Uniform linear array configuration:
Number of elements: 24
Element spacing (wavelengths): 1
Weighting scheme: binomial
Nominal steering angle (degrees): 15
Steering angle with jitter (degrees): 14.026
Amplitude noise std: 0.05
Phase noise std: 0.05

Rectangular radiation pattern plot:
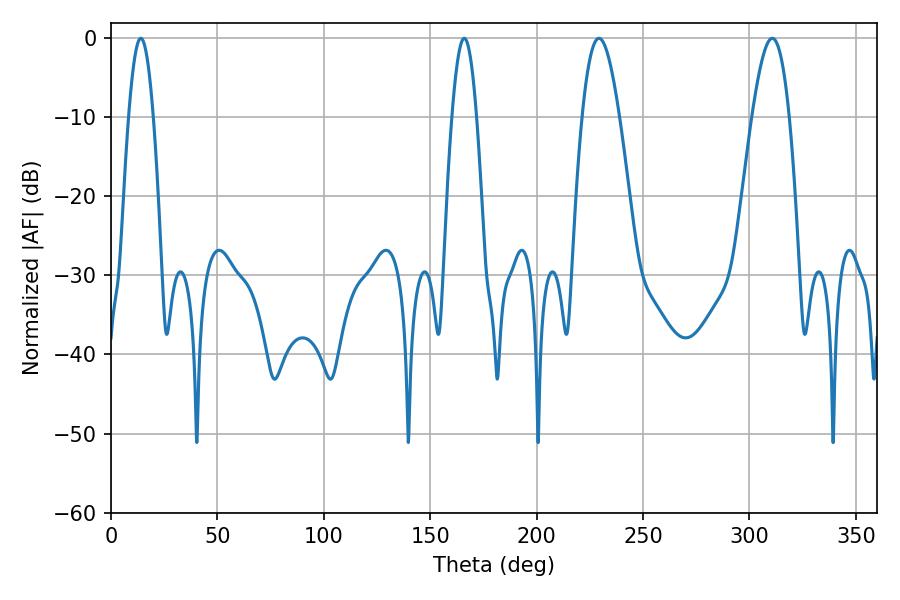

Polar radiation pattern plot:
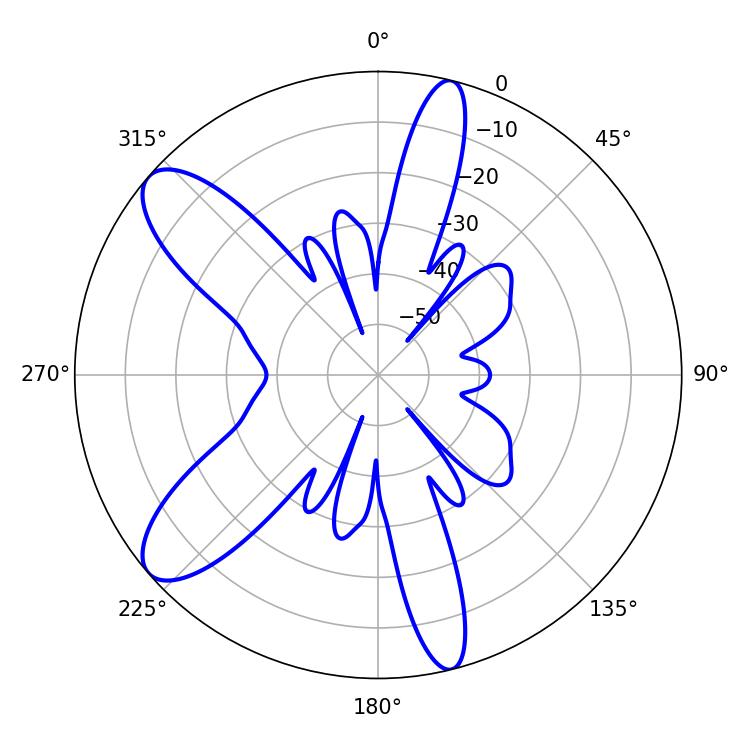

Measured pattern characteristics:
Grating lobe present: TRUE
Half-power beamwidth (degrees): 9.36
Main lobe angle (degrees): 310.68